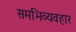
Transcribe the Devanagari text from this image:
समभिव्यवहार